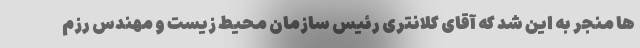
ها منجر به این شد که آقای کلانتری رئیس سازمان محیط زیست و مهندس رزم